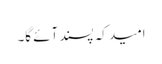
امید کہ پسند آئے گا۔